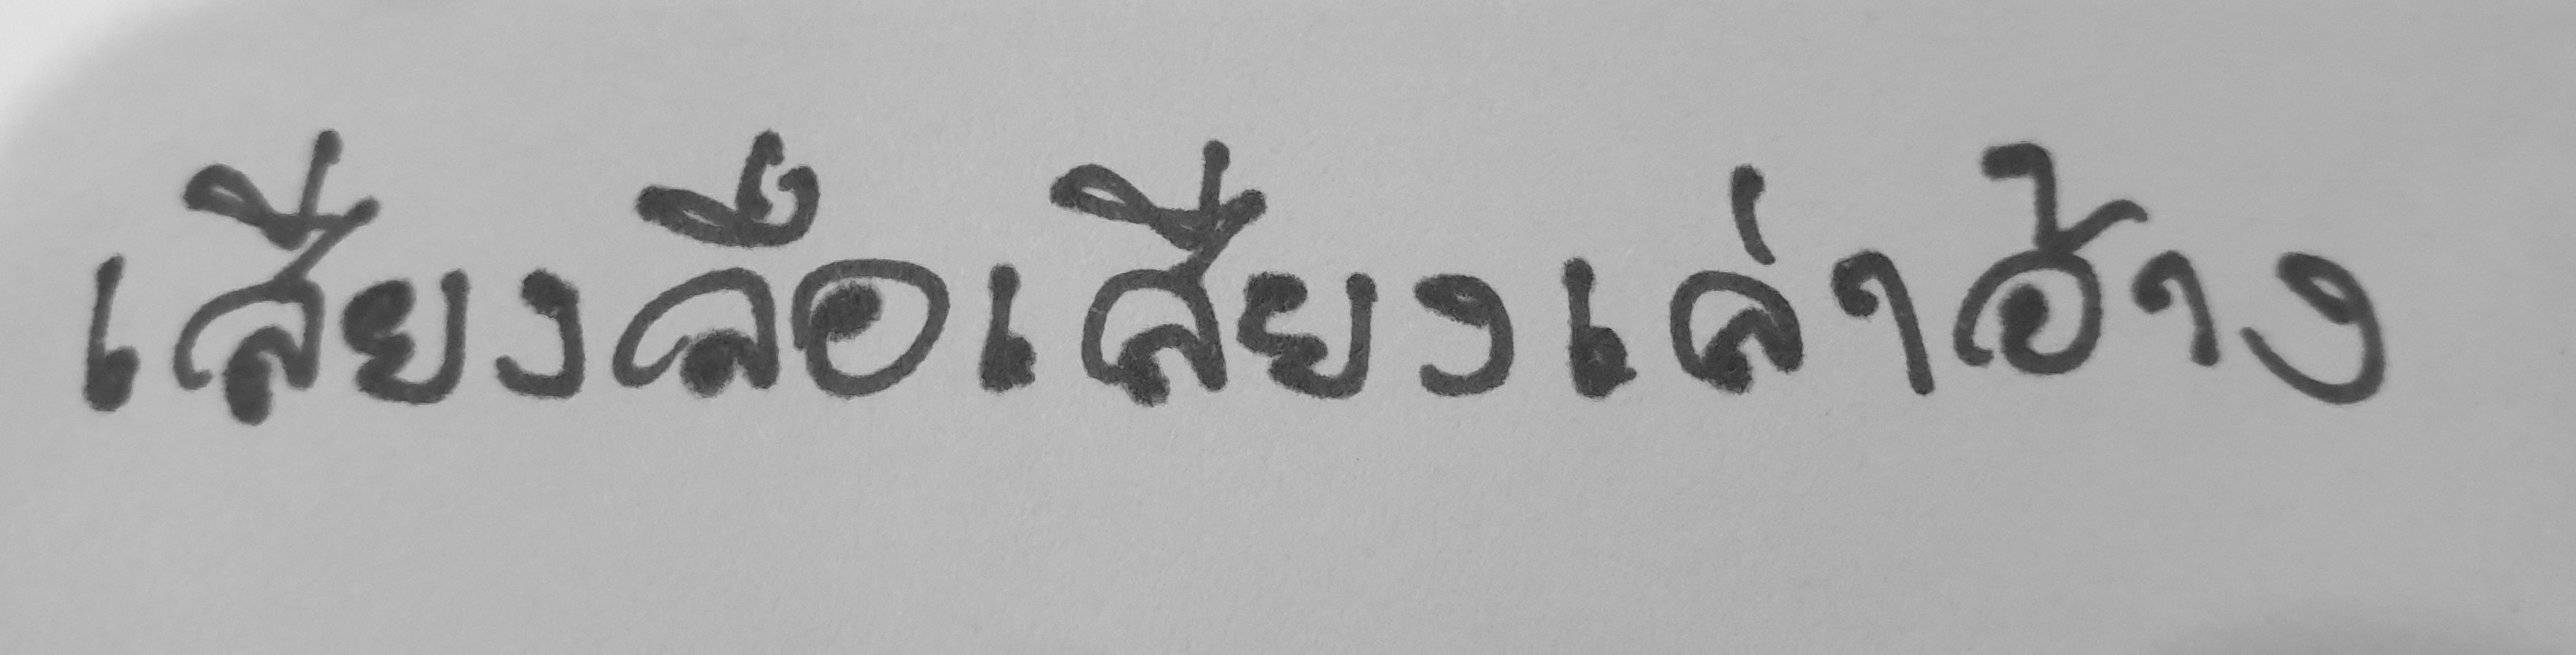
เสียลือเสียงเล่าอ้าง